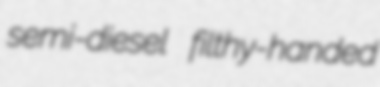
semi-diesel filthy-handed